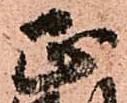
正